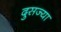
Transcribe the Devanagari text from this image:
दुसज्या